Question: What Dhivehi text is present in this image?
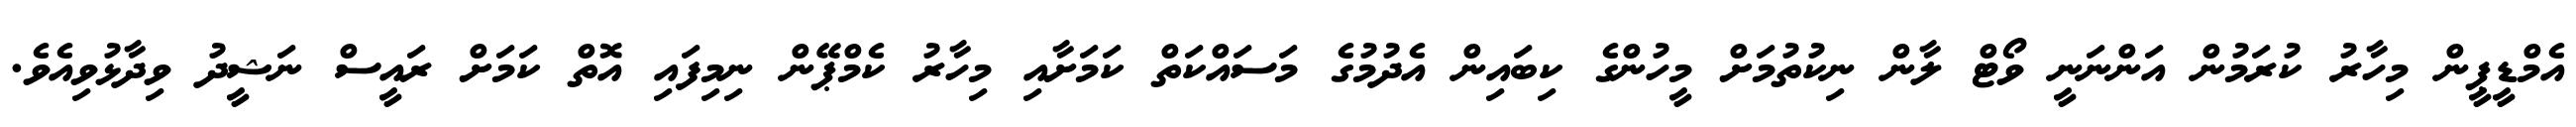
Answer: އެމްޑީޕީން މިހާރު ކުރަމުން އަންނަނީ ވޯޓް ލާން ނިކުތުމަށް މީހުންގެ ކިބައިން އެދުމުގެ މަސައްކަތް ކަމަށާއި މިހާރު ކެމްޕޭން ނިމިފައި އޮތް ކަމަށް ރައީސް ނަޝީދު ވިދާޅުވިއެވެ.